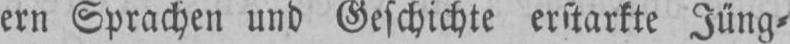
ern Sprachen und Geschichte erstarkte Jüng⸗